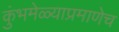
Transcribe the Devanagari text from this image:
कुंभमेळ्याप्रमाणेच